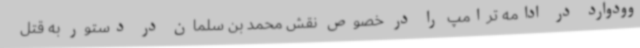
وودوارد در ادامه ترامپ را در خصوص نقش محمد بن سلمان در دستور به قتل